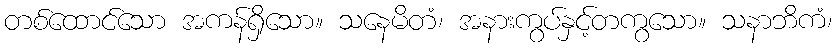
တစ်ထောင်သော အကန်ရှိသော။ သနေမိတံ၊ အနားကွပ်နှင့်တကွသော။ သနာဘိကံ၊